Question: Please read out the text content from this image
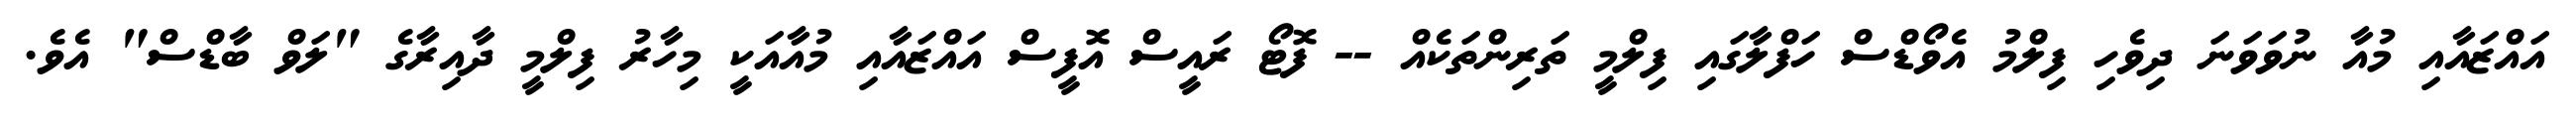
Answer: އައްޒައާއި މުއާ ނުވަވަނަ ދިވެހި ފިލްމު އެވޯޑްސް ހަފްލާގައި ފިލްމީ ތަރިންތަކެއް -- ފޮޓޯ ރައީސް އޮފީސް އައްޒައާއި މުއާއަކީ މިހާރު ފިލްމީ ދާއިރާގެ "ލަވް ބާޑްސް" އެވެ.